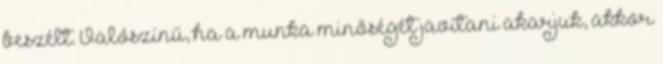
beszélt. Valószínű, ha a munka minőségét javítani akarjuk, akkor